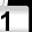
Digit: 1